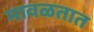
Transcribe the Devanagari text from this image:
मावळतात